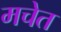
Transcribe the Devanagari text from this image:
मचेत